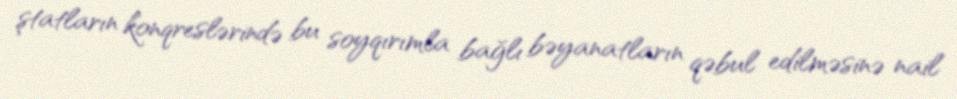
ştatların konqreslərində bu soyqırımla bağlı bəyanatların qəbul edilməsinə nail